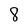
Character: 8